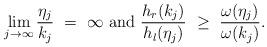
LaTeX: \begin{align*}\lim_{j\rightarrow\infty}\frac{\eta_j}{k_j}\ =\ \infty\mbox{ and } \frac{h_r(k_j)}{h_l(\eta_j)}\ \ge\ \frac{\omega(\eta_j)}{\omega(k_j)}.\end{align*}